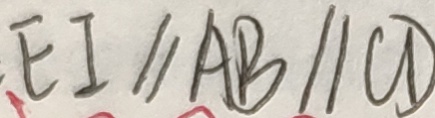
E I / / A B / / C D